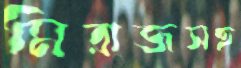
মিরাজসহ